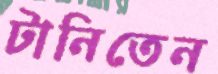
টানিতেন